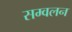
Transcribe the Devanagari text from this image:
सम्वलन